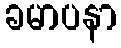
ခမာပနာ